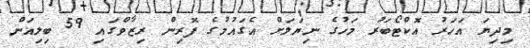
މިދިޔަ އަހަރު އޮކްޓޯބަރު މަހުގެ ނިޔަލަށް އެގައުމުގެ ފޮރިން ރިޒާވްގައި 59 ބިލިއަން